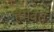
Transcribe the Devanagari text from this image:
हैमवतं